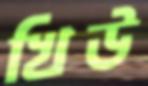
খিউ